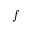
f